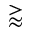
\gtrapprox